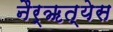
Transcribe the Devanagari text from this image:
नैर्ॠत्येस